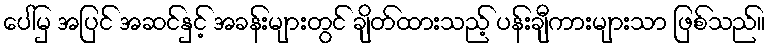
ပေါ်မှ အပြင် အဆင်နှင့် အခန်းများတွင် ချိတ်ထားသည့် ပန်းချီကားများသာ ဖြစ်သည်။